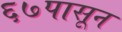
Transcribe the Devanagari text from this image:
६७पासून